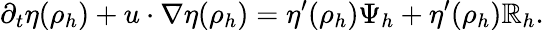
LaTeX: \partial_{t}\eta(\rho_{h})+u\cdot\nabla\eta(\rho_{h})=\eta^{\prime}(\rho_{h})\Psi_{h}+\eta^{\prime}(\rho_{h})\mathbb{R}_{h}.